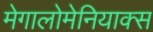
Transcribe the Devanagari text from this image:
मेगालोमेनियाक्स